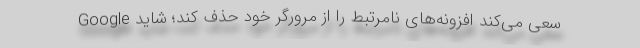
Google سعی می‌کند افزونه‌های نامرتبط را از مرورگر خود حذف کند؛ شاید